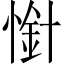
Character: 𢟙